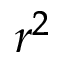
r ^ { 2 }